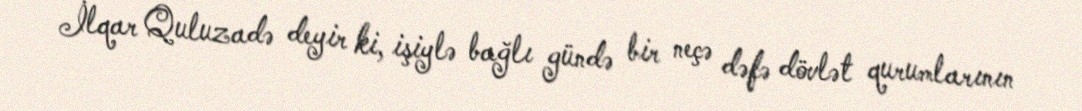
İlqar Quluzadə deyir ki, işiylə bağlı gündə bir neçə dəfə dövlət qurumlarının